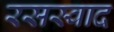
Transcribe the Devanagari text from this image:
रसस्वाद